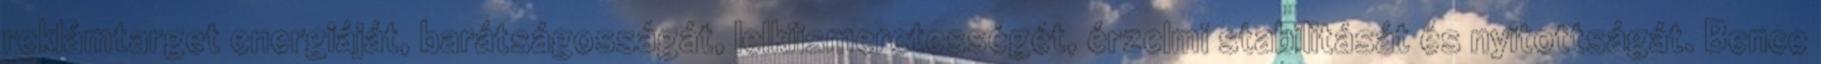
reklámtarget energiáját, barátságosságát, lelkiismeretességét, érzelmi stabilitását és nyitottságát. Bence